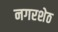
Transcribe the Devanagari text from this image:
नगरशेठ